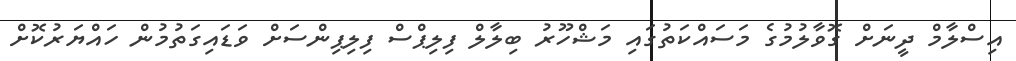
އިސްލާމް ދީނަށް ގޮވާލުމުގެ މަސައްކަތުގައި މަޝްހޫރު ބިލާލް ފިލިޕްސް ފިލިޕިންސަށް ވަޑައިގަތުމުން ހައްޔަރުކޮށް